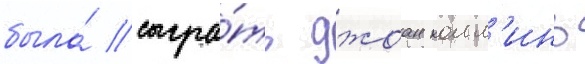
была́ сыгра́ть джоан колл'инз